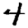
Digit: 4